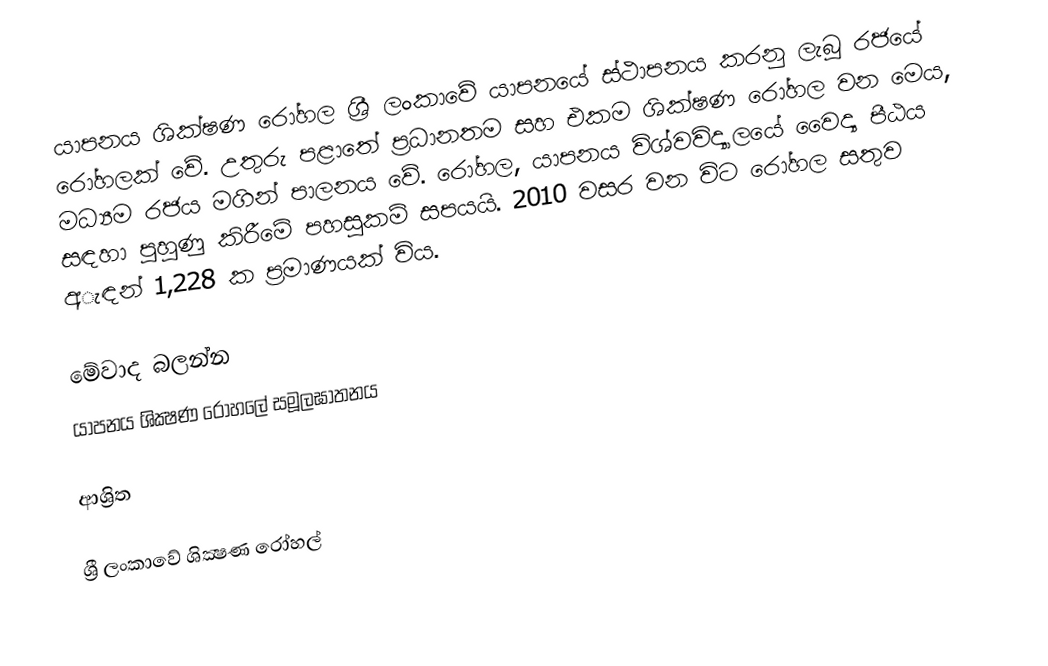
යාපනය ශික්ෂණ රෝහල ශ්‍රී ලංකාවේ යාපනයේ ස්ථාපනය කරනු ලැබූ රජයේ රෝහලක් වේ. උතුරු පළාතේ ප්‍රධානතම සහ එකම ශික්ෂණ රෝහල වන මෙය, මධ්‍යම රජය මගින් පාලනය වේ. රෝහල, යාපනය විශ්වවිද්‍යාලයේ වෛද්‍ය පීඨය සඳහා පුහුණු කිරීමේ පහසුකම් සපයයි. 2010 වසර වන විට රෝහල සතුව අැඳන් 1,228 ක ප්‍රමාණයක් විය.

මේවාද බලන්න
 යාපනය ශික්‍ෂණ රෝහලේ සමූලඝාතනය

ආශ්‍රිත

ශ්‍රී ලංකාවේ ශික්‍ෂණ රෝහල්